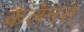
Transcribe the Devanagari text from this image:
कैलेनस